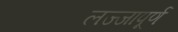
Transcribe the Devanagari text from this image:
लज्जापूर्ण